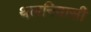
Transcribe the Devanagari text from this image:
थलनिवासी